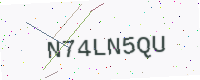
Text: N74LN5QU